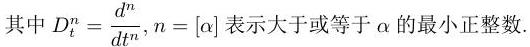
其中 $D_t^n = \frac{d^n}{dt^n}, n = [\alpha]$ 表示大于或等于 $\alpha$ 的最小正整数.